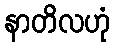
နာတိလဟုံ